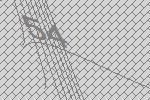
54